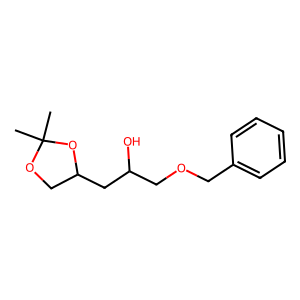
SMILES: CC1(C)OCC(CC(O)COCc2ccccc2)O1
Inhibits HIV replication: No